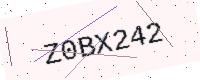
Text: Z0BX242